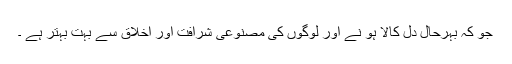
جو کہ بہرحال دل کالا ہو نے اور لوگوں کی مصنوعی شرافت اور اخلاق سے بہت بہتر ہے ۔